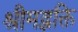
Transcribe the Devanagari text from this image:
श्रीमद्भक्ति